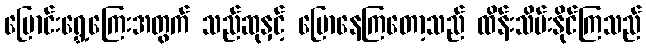
ပြောင်းရွှေ့ကြေးအတွက် သည်ဆုနှင့် ပြောနေကြတော့သည် ထိန်းသိမ်းနိုင်ကြသည်